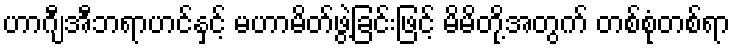
ဟာဂျီအီဘရာဟင်နှင့် မဟာမိတ်ဖွဲ့ခြင်းဖြင့် မိမိတို့အတွက် တစ်စုံတစ်ရာ